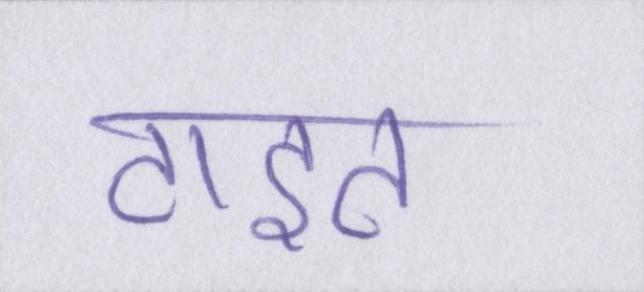
टाइट